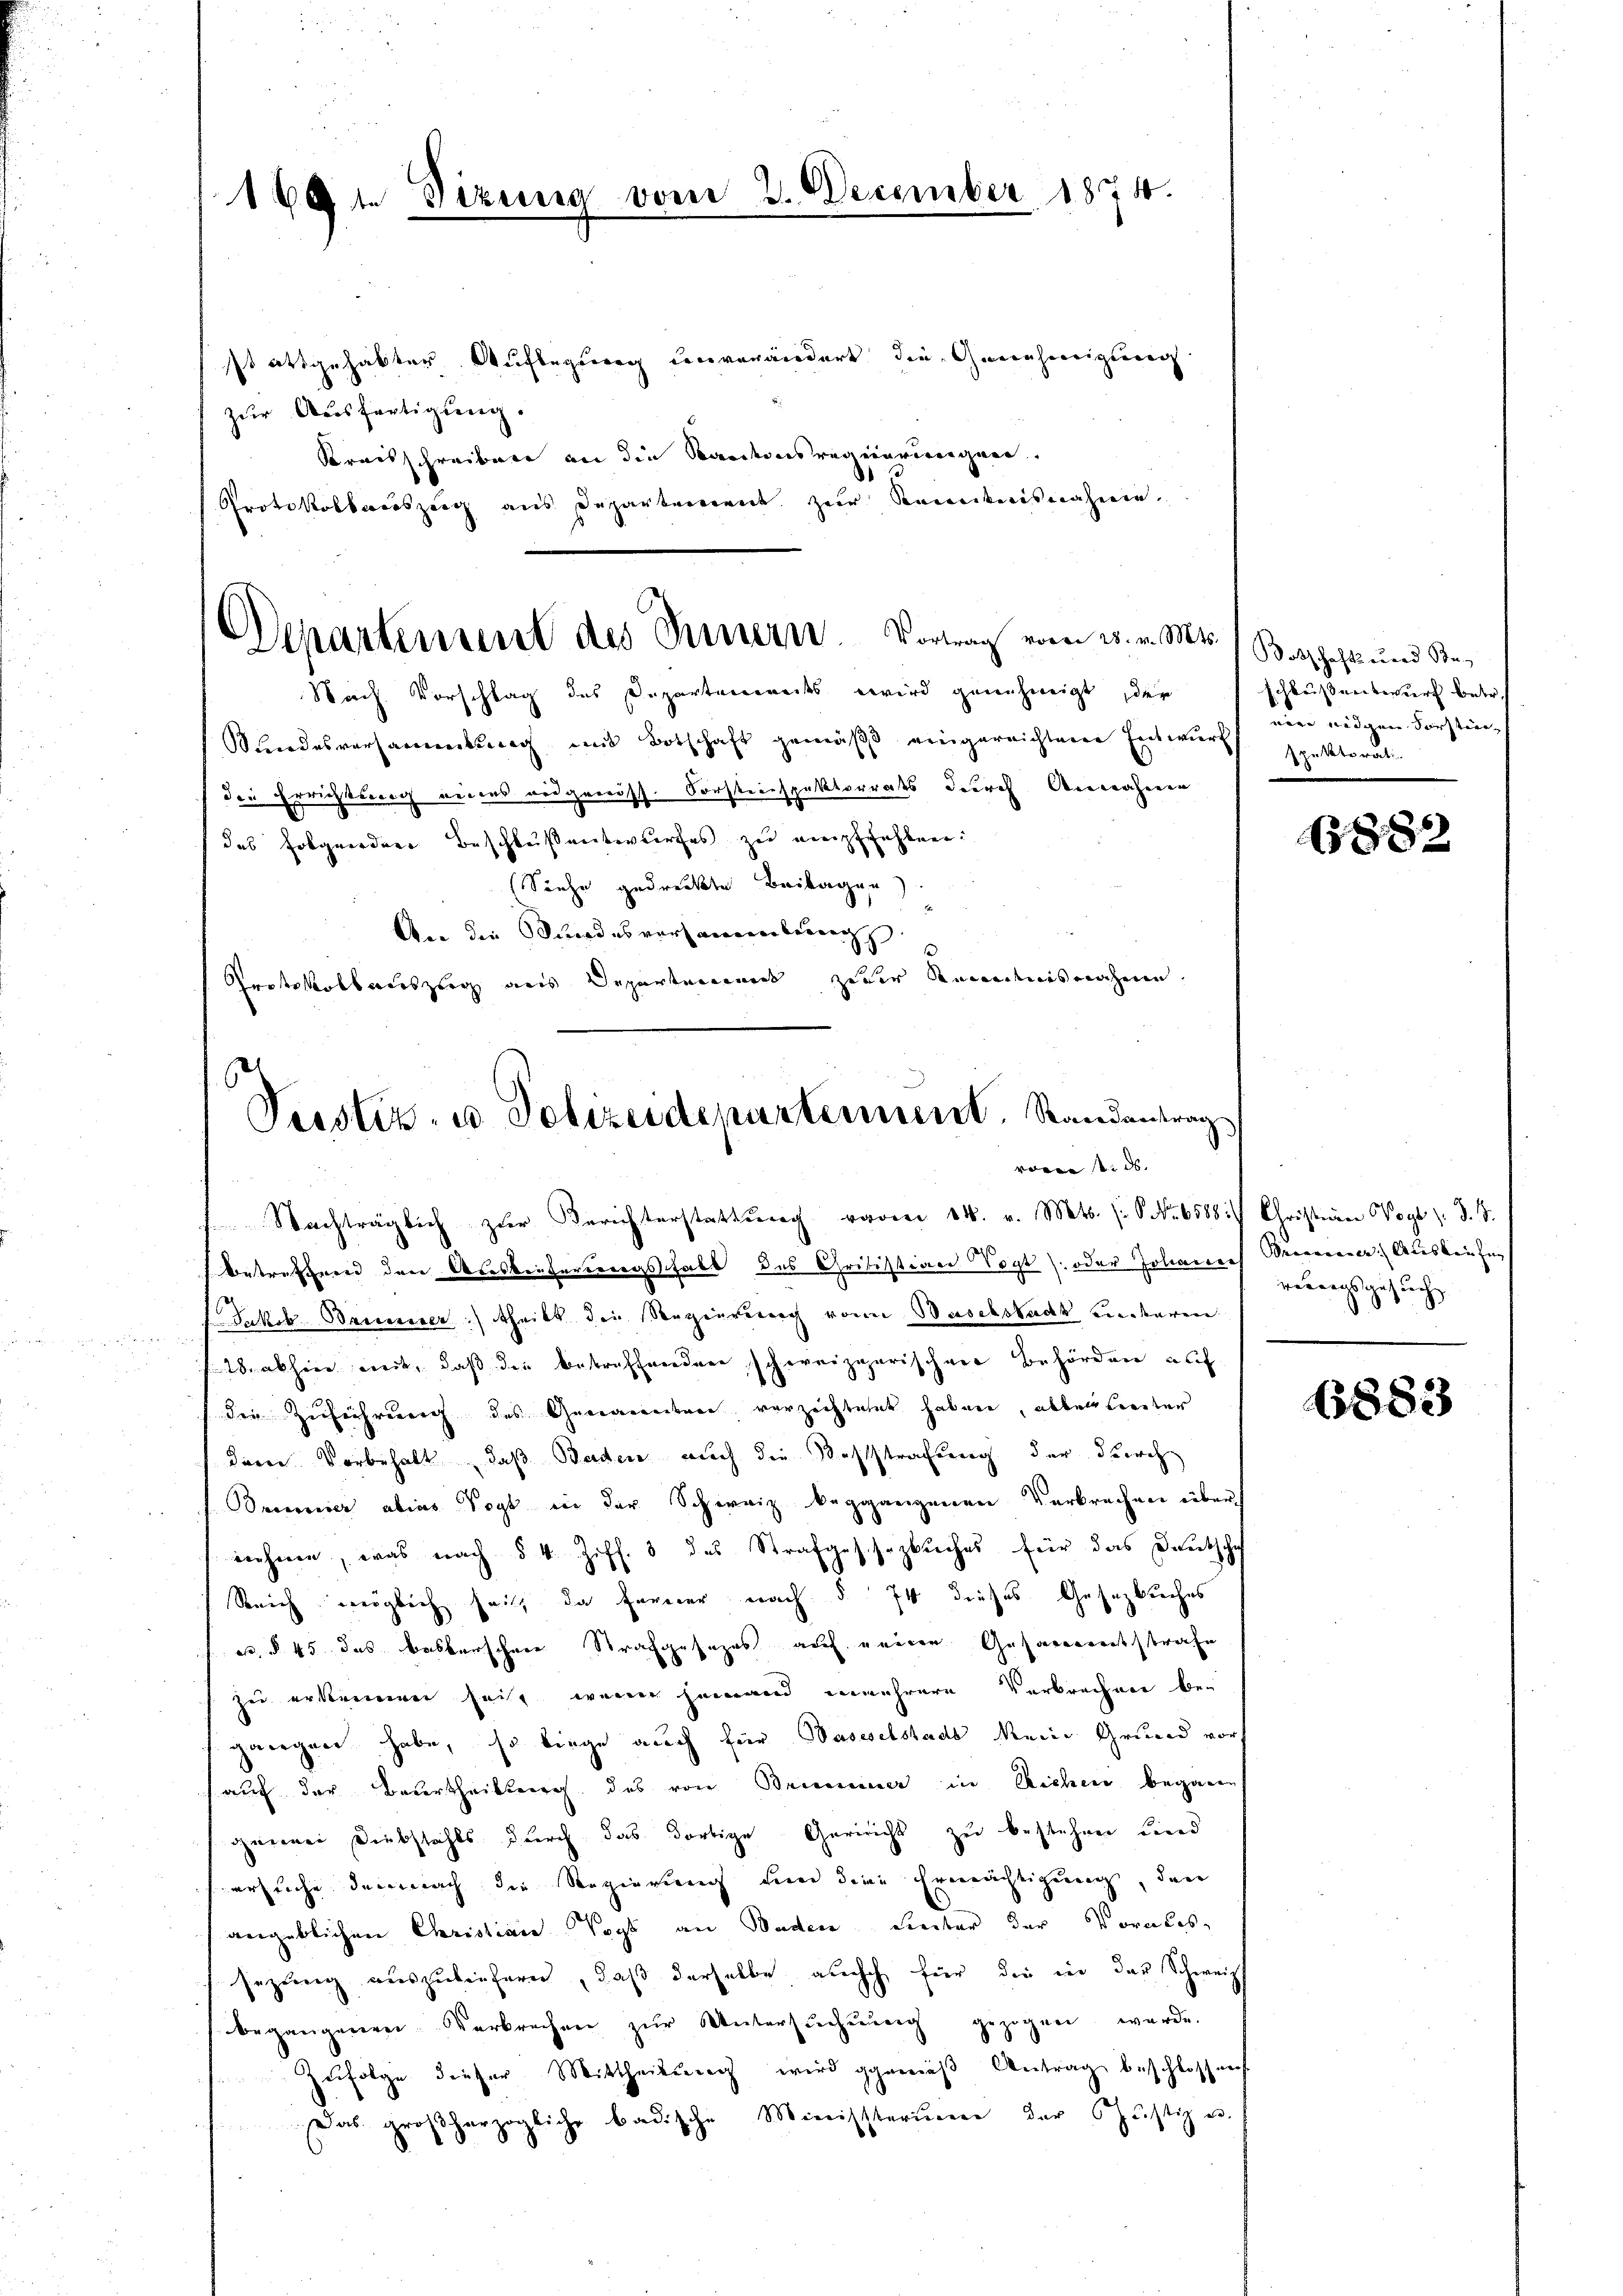
169 in Sizung vom 2. December 1874.

sstattgehabter Auflegung converändert die Genehmigung
zur Ausfertigung.
Kreisschreiben an die Kantonsregierungen.
Protokollandszeig aus Departement zur Seienkreisnahmen

Departement des Innern. Vortrag vom 25. v. Mts.

Nach Vorschlag des Departemendes wird genehmigt, der
Mundesversammenkung und Botschaft gemäβ eingereichtene Entwŭrf spektorati-
die Errichtung eines eidgenöss. Forstinspektorrats durch Annahmen
das folgeordner Beschluß entwurfes zu neupffahlen.
(Siehe gedruckte Beilagen.
An die Stundesversammlungs
Protokollauszug aus Departement zuder Kenntnisnahmen.

Peister- u Polizeidepartement, Randantrag
 4. ds.
 Nachträglich zur Berichterstattung vom 14. v. Mts. (: No 6588i) Christian Vogt z. B. 4.

betreffend den Ausbeitereringshalb des Critistian Vogt (oder Johannes Precariner Auskaufen |
Jakob Brunner) theilt die Regierung von Waschstadt anderen
abheer weit, daß die betreffenden schweizerischen Behörden auf
der Zuführung des Gemaritere verzichtent haben, abbeidenter
dern Vorbehalt, daß Baden auch die Reststrafung der durch
Dreronier abias Vogt in der Schweiz beggangenen Verbrechen über
nehmen, was nach § 4 Ziff. 3 des Strafgeschäzbuches für das Deutschaf
Reich möglich heit, da ferner nach § 74 dieses Gesetzbuches
e, § 45 das besterschen Strafgesezes auf einen Gesamereitsstrafe
zu erkennen heit, wenn jemand unmehrere Verbrechen be-
geregnen habe, so liege auch für Wasselstads Mein Grund vor
(auf der Beurtheilung des von Brumminer in Richen begann
gener Diebstahls durch das dortige Gericht zu bestehen und
ersuche demnach die Regierung sind deine Ermächtigung, den
angeblichen Christian Vogt an Baden Seiter der Voralis-
sezung auszuliefern, daß derselbe auch für die in das Schweiz
begangenen Verbrechen zŭr Untersŭchŭng gezogen werde.
Zufolge dieser Mittheilung wird gemäß Antrag beschlossen
Das großherzogliche badische Ministerium der Justiz u.

Botschaft ward Be-
schleißentwurf betr.
nin eidgen Forstier-

1882

verungsgesuch

6883